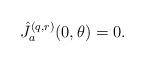
LaTeX: \begin{align*}\hat{J}_a^{(q,r)}(0,\theta ) = 0. \end{align*}